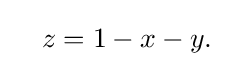
\quad z=1-x-y.\,\!